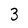
Character: 3